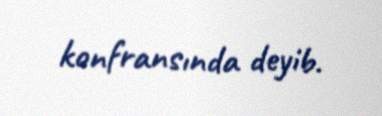
konfransında deyib.